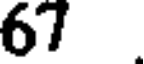
67